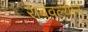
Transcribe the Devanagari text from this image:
राबवल्याने